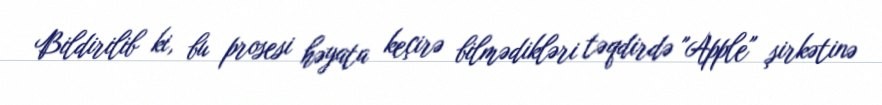
Bildirilib ki, bu prosesi həyata keçirə bilmədikləri təqdirdə "Apple" şirkətinə